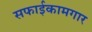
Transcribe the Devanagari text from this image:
सफाईकामगार